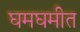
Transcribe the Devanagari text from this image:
घमघमीत